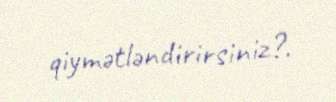
qiymətləndirirsiniz?.